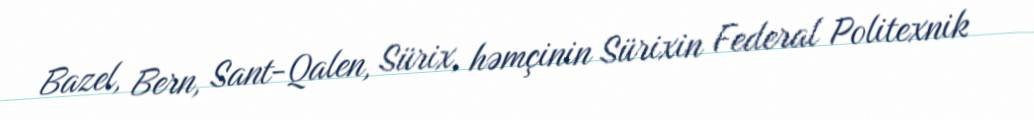
Bazel, Bern, Sant-Qalen, Sürix, həmçinin Sürixin Federal Politexnik